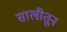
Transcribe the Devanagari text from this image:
सालीतून